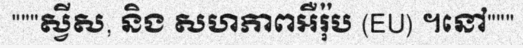
"""ស្វីស, និង សហភាពអឺរ៉ុប (EU) ។នៅ"""